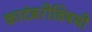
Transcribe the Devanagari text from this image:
कादंबरीविषयी